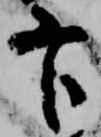
官